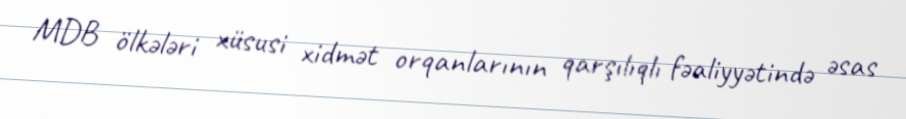
MDB ölkələri xüsusi xidmət orqanlarının qarşılıqlı fəaliyyətində əsas